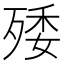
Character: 𣨙